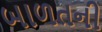
બાળતની